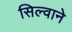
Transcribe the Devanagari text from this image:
सिल्वाने